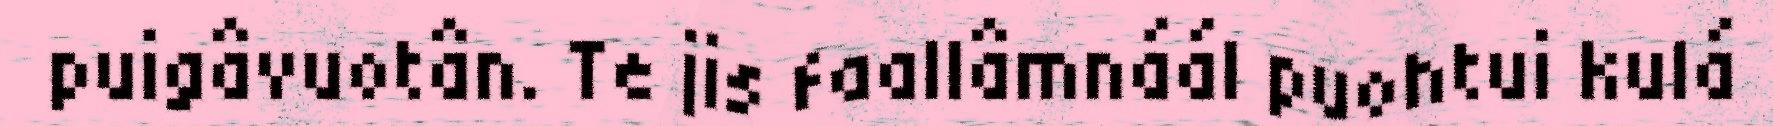
puigâvuotân. Te jis faallâmnáál puohtui kulá